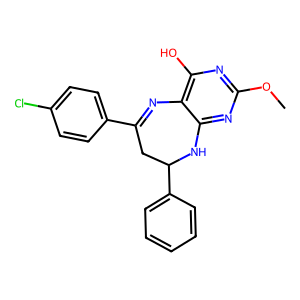
SMILES: COc1nc(O)c2c(n1)NC(c1ccccc1)CC(c1ccc(Cl)cc1)=N2
Inhibits HIV replication: No